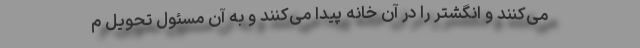
می‌کنند و انگشتر را در آن خانه پیدا می‌کنند و به آن مسئول تحویل م